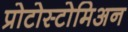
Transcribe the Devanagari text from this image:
प्रोटोस्टोमिअन